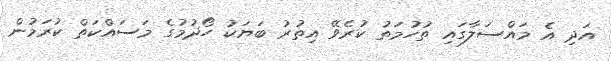
އަދި އެ މައްސަލާގައި ތުހުމަތު ކުރެވޭ އިތުރު ބަޔަކު ހޯދުމުގެ މަސައްކަތް ކުރަމުން